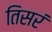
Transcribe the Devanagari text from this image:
तिसरं